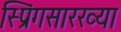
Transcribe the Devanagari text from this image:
स्प्रिंगसारख्या